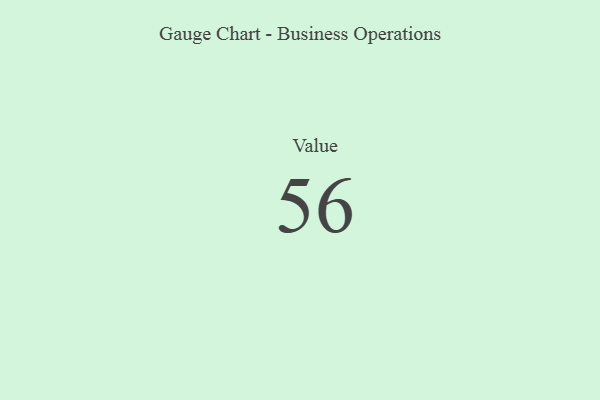
{"axis": {"x": "Metric", "y": "Value"}, "legend": [""], "data": [{"x": "Value", "y": 56, "type": ""}]}